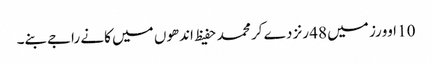
10 اوورز میں 48 رنز دے کر محمد حفیظ اندھوں میں کانے راجےبنے۔